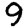
Digit: 9